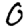
Digit: 0